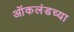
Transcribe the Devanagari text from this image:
ऑकलंडच्या